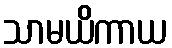
သာမယိကာယ